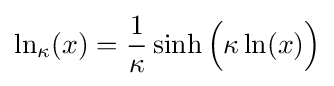
\ln _{\kappa }(x)={\frac {1}{\kappa }}\sinh {\Big (}\kappa \ln(x){\Big )}